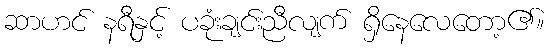
ဆာဟင် နရီနှင့် ပခုံးချင်းညီလျက် ရှိနေလေတော့၏။